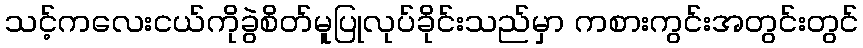
သင့်ကလေးငယ်ကိုခွဲစိတ်မူပြုလုပ်ခိုင်းသည်မှာ ကစားကွင်းအတွင်းတွင်